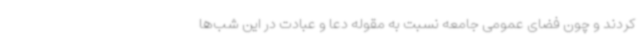
کردند و چون فضای عمومی جامعه نسبت به مقوله دعا و عبادت در این شب‌ها